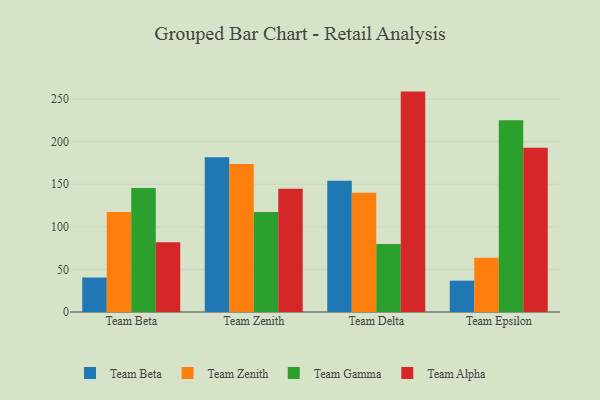
{"axis": {"x": "Team", "y": "LTV (USD)"}, "legend": ["Team Alpha", "Team Beta", "Team Gamma", "Team Zenith"], "data": [{"x": "Team Beta", "y": 40.5, "type": "Team Beta"}, {"x": "Team Beta", "y": 117.3, "type": "Team Zenith"}, {"x": "Team Beta", "y": 145.5, "type": "Team Gamma"}, {"x": "Team Beta", "y": 82.0, "type": "Team Alpha"}, {"x": "Team Zenith", "y": 181.5, "type": "Team Beta"}, {"x": "Team Zenith", "y": 173.8, "type": "Team Zenith"}, {"x": "Team Zenith", "y": 117.5, "type": "Team Gamma"}, {"x": "Team Zenith", "y": 144.8, "type": "Team Alpha"}, {"x": "Team Delta", "y": 154.0, "type": "Team Beta"}, {"x": "Team Delta", "y": 140.1, "type": "Team Zenith"}, {"x": "Team Delta", "y": 79.7, "type": "Team Gamma"}, {"x": "Team Delta", "y": 258.7, "type": "Team Alpha"}, {"x": "Team Epsilon", "y": 36.8, "type": "Team Beta"}, {"x": "Team Epsilon", "y": 63.8, "type": "Team Zenith"}, {"x": "Team Epsilon", "y": 225.2, "type": "Team Gamma"}, {"x": "Team Epsilon", "y": 192.9, "type": "Team Alpha"}]}